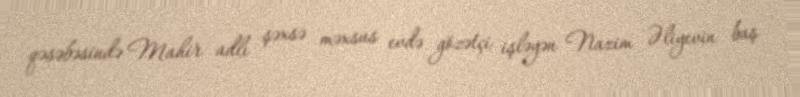
qəsəbəsində Mahir adlı şəxsə məxsus evdə gözətçi işləyən Nazim Əliyevin baş